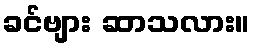
ခင်ဗျား ဆာသလား။